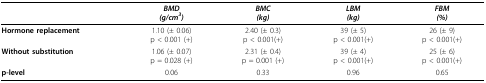
<table><thead><tr><td></td><td><b><i>BMD</i><i>(g/cm<sup>3</sup>)</i></b></td><td><b><i>BMC</i><i>(kg)</i></b></td><td><b><i>LBM</i><i>(kg)</i></b></td><td><b><i>FBM</i><i>(%)</i></b></td></tr></thead><tbody><tr><td><b>Hormone replacement</b></td><td>1.10 (± 0.06)p &lt; 0.001 (+)</td><td>2.40 (± 0.3)p &lt; 0.001(+)</td><td>39 (± 5)p &lt; 0.001(+)</td><td>26 (± 9)p &lt; 0.001(+)</td></tr><tr><td><b>Without substitution</b></td><td>1.06 (± 0.07)p = 0.028 (+)</td><td>2.31 (± 0.4)p = 0.001 (+)</td><td>39 (± 4)p &lt; 0.001(+)</td><td>25 (± 6)p &lt; 0.001(+)</td></tr><tr><td><b>p-level</b></td><td>0.06</td><td>0.33</td><td>0.96</td><td>0.65</td></tr></tbody></table>